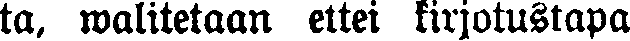
ta, walitetaan ettei kirjotustapa